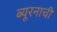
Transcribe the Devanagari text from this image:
ब्यूरनाची